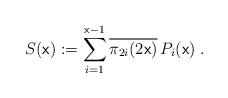
LaTeX: \begin{align*}S({ \mathrm{\mathsf{x}}}):=\sum_{i=1}^{ \mathrm{\mathsf{x}}-1}\overline{\pi_{2i}(2{ \mathrm{\mathsf{x}}})}\,P_i({ \mathrm{\mathsf{x}}})\;.\end{align*}